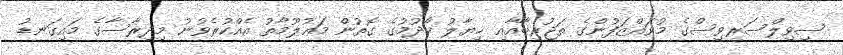
ސިވިލްސަރވިސްގެ މުވައްޒަފުންގެ ތަޖުރިބާއާއި ޚިޔާލު ހޯދުމުގެ ގޮތުން މަޢުލޫމާތު އެއްކުރެވުނު މިދިރާސާގެ މައިގަނޑު